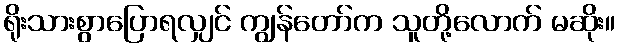
ရိုးသားစွာပြောရလျှင် ကျွန်တော်က သူတို့လောက် မဆိုး။